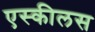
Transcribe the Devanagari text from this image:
एस्कीलस